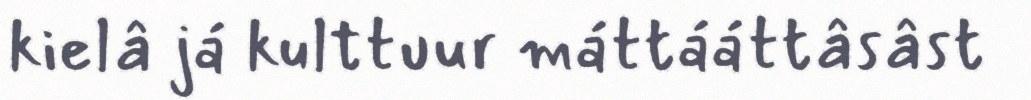
kielâ já kulttuur máttááttâsâst